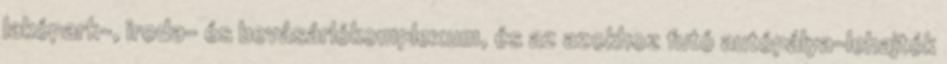
lakópark-, iroda- és bevásárlókomplexum, és az azokhoz futó autópálya-lehajtók